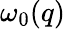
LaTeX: \omega_{0}(q)